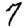
Digit: 7